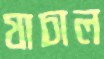
যাচাল